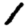
Digit: 1